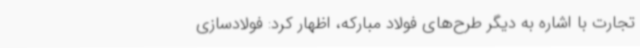
تجارت با اشاره به دیگر طرح‌های فولاد مبارکه، اظهار کرد: فولادسازی